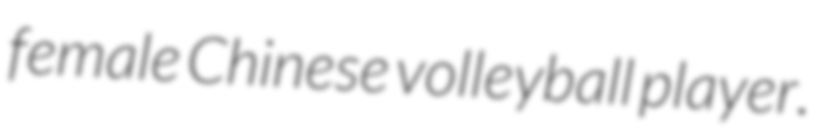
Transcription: female Chinese volleyball player.